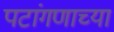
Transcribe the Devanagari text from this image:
पटांगणाच्या